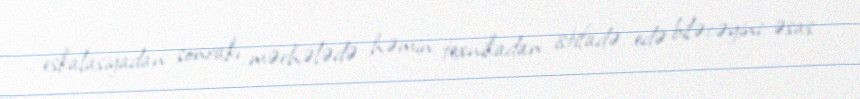
eskalasiyadan sonrakı mərhələdə həmin texnikadan istifadə edə biləcəyini əsas